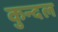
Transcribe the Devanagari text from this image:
कुन्दल